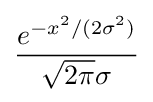
{\frac {e^{-x^{2}/(2\sigma ^{2})}}{{\sqrt {2\pi }}\sigma }}